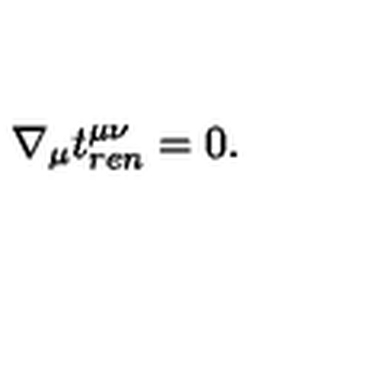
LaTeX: \nabla _ { \mu } t _ { r e n } ^ { \mu \nu } = 0 .